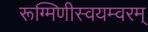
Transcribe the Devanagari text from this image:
रूग्मिणीस्वयम्वरम्